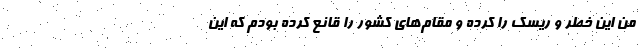
من اين خطر و ريسك را كرده و مقام‌هاي كشور را قانع كرده بودم كه اين